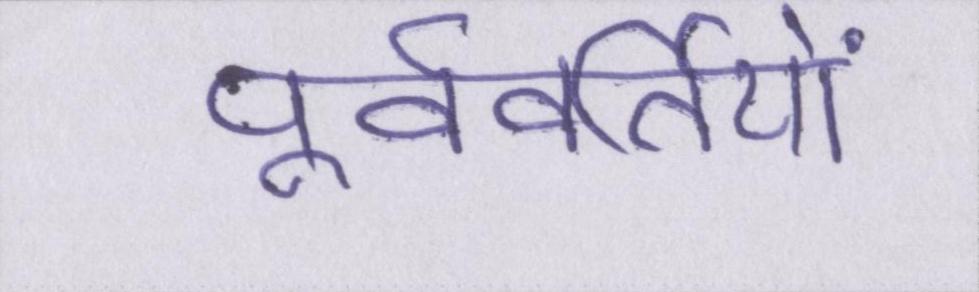
पूर्ववर्तियों